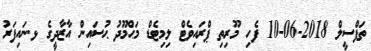
ތަފްސީލް 2018-06-10 ފެހި މޫރިތި ޕްރައިވެޓް ލިމިޓެޑް މަޙްމޫދު ޙުސައިން އާޒާދީގެ ޅ.ނައިފަރު